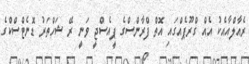
ރެއާލްއާއެކު އެއް ގްރޫޕެއްގައި އޮތް ފްރާންސްގެ ޕީއެސްޖީ ވަނީ ރޭ ޝަހްތަރު ޑޮނެޓްސްކްގެ